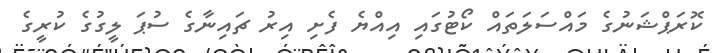
ކޮރަޕްޝަނުގެ މައްސަލަތައް ކޯޓުގައި އިއްޔެ ފެށި އިރު ޗައިނާގެ ސުޕަ ލީގުގެ ކުރީގެ